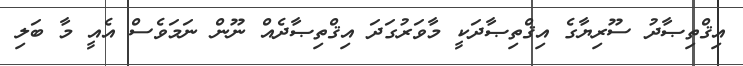
އިޤްތިޞާދު ސޫރިޔާގެ އިޤްތިޞާދަކީ މާވަރުގަދަ އިޤްތިޞާދެއް ނޫން ނަމަވެސް އެއީ މާ ބަލި